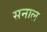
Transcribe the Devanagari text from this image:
सनाल